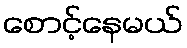
စောင့်နေမယ်